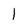
Character: l